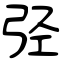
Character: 弪